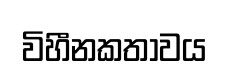
විහීනකතාවය